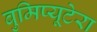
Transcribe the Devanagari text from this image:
बुमिप्यूटेरा